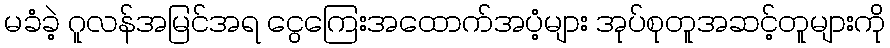
မခံခဲ့ ဂူလန်အမြင်အရ ငွေကြေးအထောက်အပံ့များ အုပ်စုတူအဆင့်တူများကို